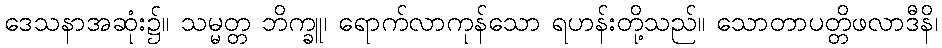
ဒေသနာအဆုံး၌။ သမ္မတ္တ ဘိက္ခူ၊ ရောက်လာကုန်သော ရဟန်းတို့သည်။ သောတာပတ္တိဖလာဒီနိ၊